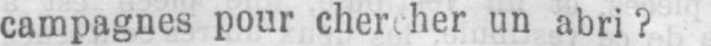
un abri?